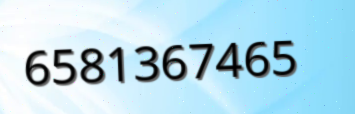
6581367465